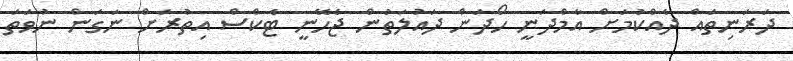
ދަރަނިތައް ދެއްކުމަށް އާމްދަނީ ހޯދަން ދައުލަތުން ޖެހޭނީ ޓެކްސް އިތުރަށް ނަގަން ނުވަތަ